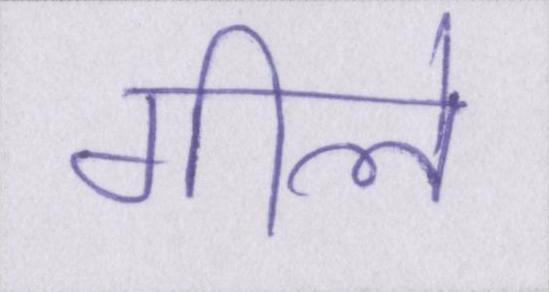
गीले